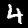
Label: 4